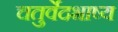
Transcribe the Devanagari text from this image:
चतुर्वेदभाष्य